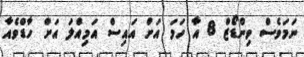
ނަމަވެސް ވިންޑޯޒް 8 އާ ހަމަ އަށް އައިސް އަމިއްލަ އަށް ހާޑްވެއާ